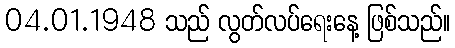
04.01.1948 သည် လွတ်လပ်ရေးနေ့ ဖြစ်သည်။